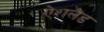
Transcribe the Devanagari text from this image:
ऐशलैंड